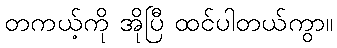
တကယ့်ကို အိုပြီ ထင်ပါတယ်ကွာ။